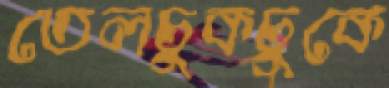
তেলচুকচুকে